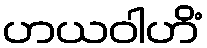
ဟယဝါဟိံ